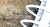
بعين